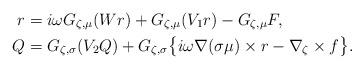
LaTeX: \begin{align*}r &= i\omega G_{\zeta, \mu} (Wr) + G_{\zeta, \mu} (V_1 r) - G_{\zeta, \mu} F,\\Q &= G_{\zeta, \sigma}(V_2 Q) + G_{\zeta, \sigma}\big\{i\omega\nabla(\sigma\mu)\times r - \nabla_\zeta \times f \big\}.\end{align*}